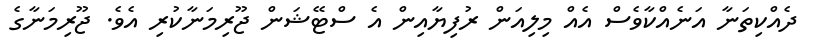
ދެއްކިތަނާ އަނެއްކާވެސް އެއް މިލިއަން ރުފިޔާއިން އެ ސްޓޭޝަން ޖޫރިމަނާކުރި އެވެ. ޖޫރިމަނާގެ